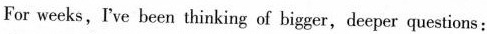
For weeks, Ive been thinking of bigger,deeper questions: